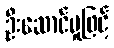
ဦးဆောင်မှုဖြင့်